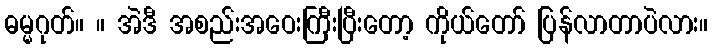
ဓမ္မဂုတ်။ ။ အဲဒီ အစည်းအဝေးကြီးပြီးတော့ ကိုယ်တော် ပြန်လာတာပဲလား။